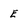
Character: E